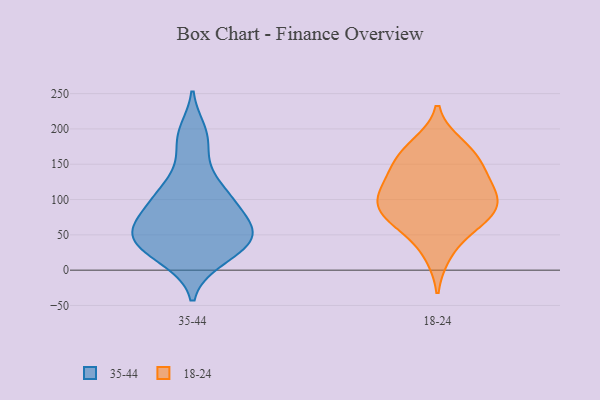
{"axis": {"x": "Headcount", "y": "Value"}, "legend": ["18-24", "35-44"], "data": [{"x": "", "y": 42, "type": "35-44"}, {"x": "", "y": 181, "type": "35-44"}, {"x": "", "y": 108, "type": "35-44"}, {"x": "", "y": 54, "type": "35-44"}, {"x": "", "y": 14, "type": "35-44"}, {"x": "", "y": 78, "type": "35-44"}, {"x": "", "y": 137, "type": "35-44"}, {"x": "", "y": 47, "type": "35-44"}, {"x": "", "y": 56, "type": "35-44"}, {"x": "", "y": 74, "type": "35-44"}, {"x": "", "y": 43, "type": "35-44"}, {"x": "", "y": 103, "type": "35-44"}, {"x": "", "y": 196, "type": "35-44"}, {"x": "", "y": 40, "type": "35-44"}, {"x": "", "y": 16, "type": "35-44"}, {"x": "", "y": 100, "type": "35-44"}, {"x": "", "y": 93, "type": "18-24"}, {"x": "", "y": 63, "type": "18-24"}, {"x": "", "y": 177, "type": "18-24"}, {"x": "", "y": 133, "type": "18-24"}, {"x": "", "y": 66, "type": "18-24"}, {"x": "", "y": 108, "type": "18-24"}, {"x": "", "y": 87, "type": "18-24"}, {"x": "", "y": 99, "type": "18-24"}, {"x": "", "y": 118, "type": "18-24"}, {"x": "", "y": 23, "type": "18-24"}, {"x": "", "y": 79, "type": "18-24"}, {"x": "", "y": 143, "type": "18-24"}, {"x": "", "y": 169, "type": "18-24"}, {"x": "", "y": 158, "type": "18-24"}]}